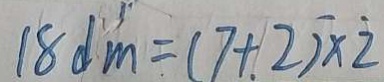
1 8 d m = ( 7 + 2 ) \times 2